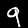
Digit: 9